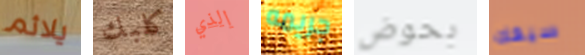
يلائم كلبك الذي جريمه بحوض سيفك